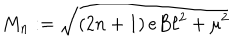
M _ { n } : = \sqrt { \left( 2 n + 1 \right) e B \ell ^ { 2 } + \mu ^ { 2 } }